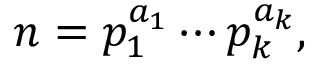
n = p _ { 1 } ^ { a _ { 1 } } \cdots p _ { k } ^ { a _ { k } } ,